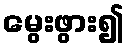
မွေးဖွား၍